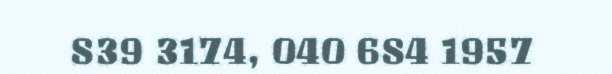
839 3174, 040 684 1957